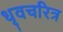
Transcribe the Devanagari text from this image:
धृवचरित्र